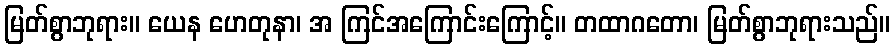
မြတ်စွာဘုရား။ ယေန ဟေတုနာ၊ အ ကြင်အကြောင်းကြောင့်။ တထာဂတော၊ မြတ်စွာဘုရားသည်။